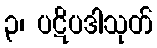
၃၊ ပဋိပဒါသုတ်